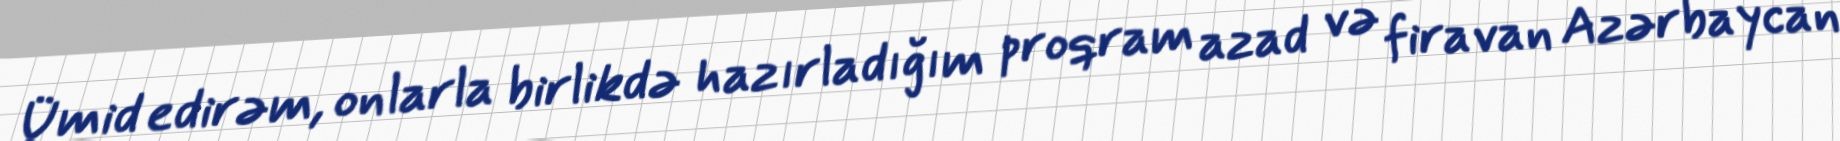
Ümid edirəm, onlarla birlikdə hazırladığım proqram azad və firavan Azərbaycan